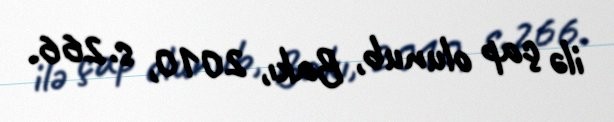
ilə çap olunub, Bakı, 2010, s.266.